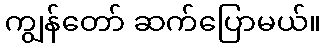
ကျွန်တော် ဆက်ပြောမယ်။